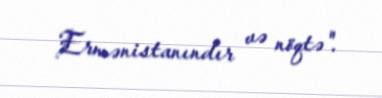
Ermənistanındır və nöqtə".